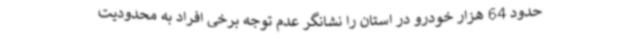
حدود 64 هزار خودرو در استان را نشانگر عدم توجه برخی افراد به محدودیت